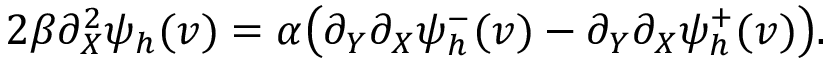
2 \beta \partial _ { X } ^ { 2 } \psi _ { h } ( v ) = \alpha \big ( \partial _ { Y } \partial _ { X } \psi _ { h } ^ { - } ( v ) - \partial _ { Y } \partial _ { X } \psi _ { h } ^ { + } ( v ) \big ) .